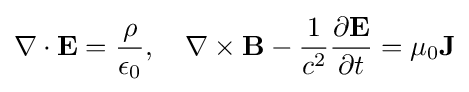
\nabla \cdot \mathbf {E} ={\frac {\rho }{\epsilon _{0}}},\quad \nabla \times \mathbf {B} -{\frac {1}{c^{2}}}{\frac {\partial \mathbf {E} }{\partial t}}=\mu _{0}\mathbf {J}